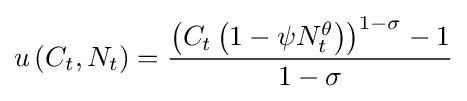
u\left({C_{t},N_{t}}\right)={\frac {\left(C_{t}\left(1-\psi N_{t}^{\theta }\right)\right)^{1-\sigma }-1}{1-\sigma }}